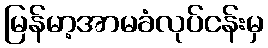
မြန်မာ့အာမခံလုပ်ငန်းမှ